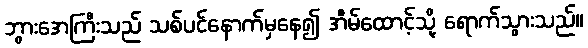
ဘွားအေကြီးသည် သစ်ပင်နောက်မှနေ၍ အီမ်ထောင့်သို့ ရောက်သွားသည်။